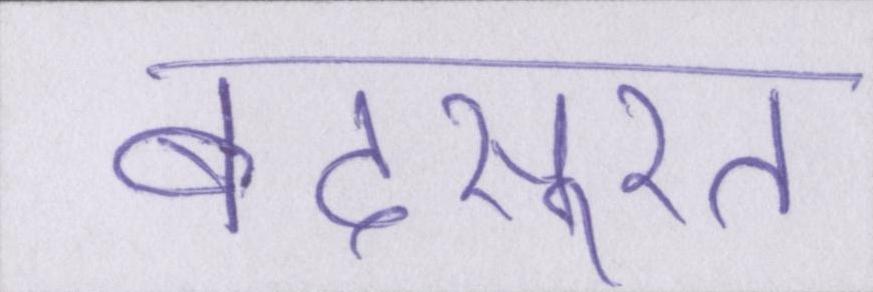
बदसूरत